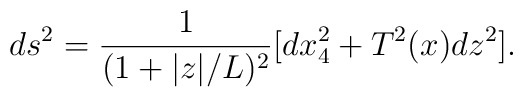
ds^2 = \frac{1}{(1 + |z|/L)^2}[dx_4^2 + T^2(x) dz^2].